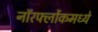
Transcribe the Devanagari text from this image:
नॉरर्फ्लोकमध्ये